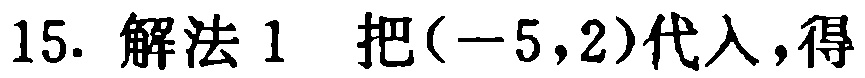
15. 解法 1 把\((-5,2)\)代入，得